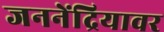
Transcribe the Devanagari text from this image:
जननेंद्रियावर